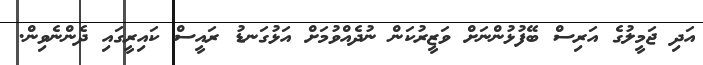
އަދި ޖަމީލުގެ އަރިސް ބޭފުޅުންނަށް ވަޒީރުކަން ނުދެއްވުމަށް އަޅުގަނޑު ރައީސް ކައިރީގައި ދެންނެވިން.